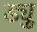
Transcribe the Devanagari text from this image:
ड्यु